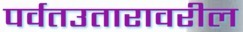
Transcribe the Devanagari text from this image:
पर्वतउतारावरील